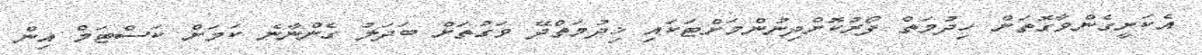
އެކަށީގެންވާގޮތަށް ހިދުމަތް ފޯރުކޮށްދިނުންމަށްޓަކައި ޚިދުމަތްދޭ ވަގުތަށް ބަދަލު ގެންނާނެ ކަމަށް ކަސްޓަމް އިން